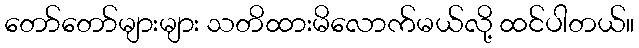
တော်တော်များများ သတိထားမိလောက်မယ်လို့ ထင်ပါတယ်။